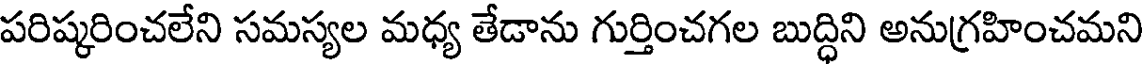
పరిష్కరించలేని సమస్యల మధ్య తేడాను గుర్తించగల బుద్ధిని అనుగ్రహించమని